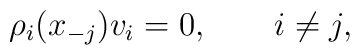
\rho_i(x_{-j}) v_i = 0, \qquad i \ne j,